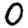
Digit: 0